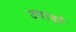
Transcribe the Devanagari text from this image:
उपादों